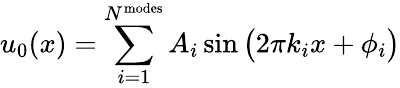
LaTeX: u_{0}(x)=\sum_{i=1}^{N^{\textnormal{modes}}}A_{i}\sin{\big(2\pi k_{i}x+\phi_{i}\big)}